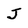
Character: J